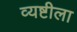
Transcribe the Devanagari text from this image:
व्यष्टीला